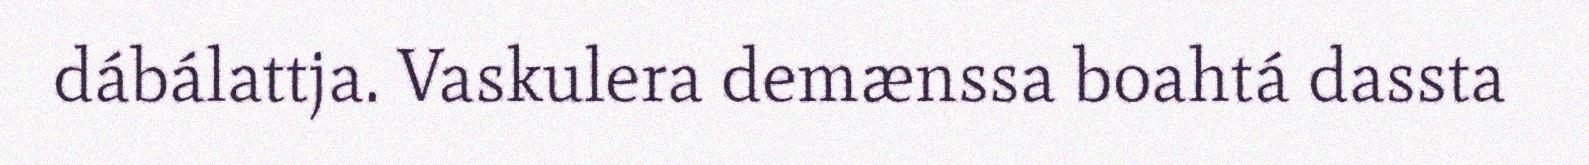
dábálattja. Vaskulera demænssa boahtá dassta